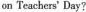
on Teachers'Day?